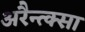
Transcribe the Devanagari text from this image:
अरैन्त्क्सा